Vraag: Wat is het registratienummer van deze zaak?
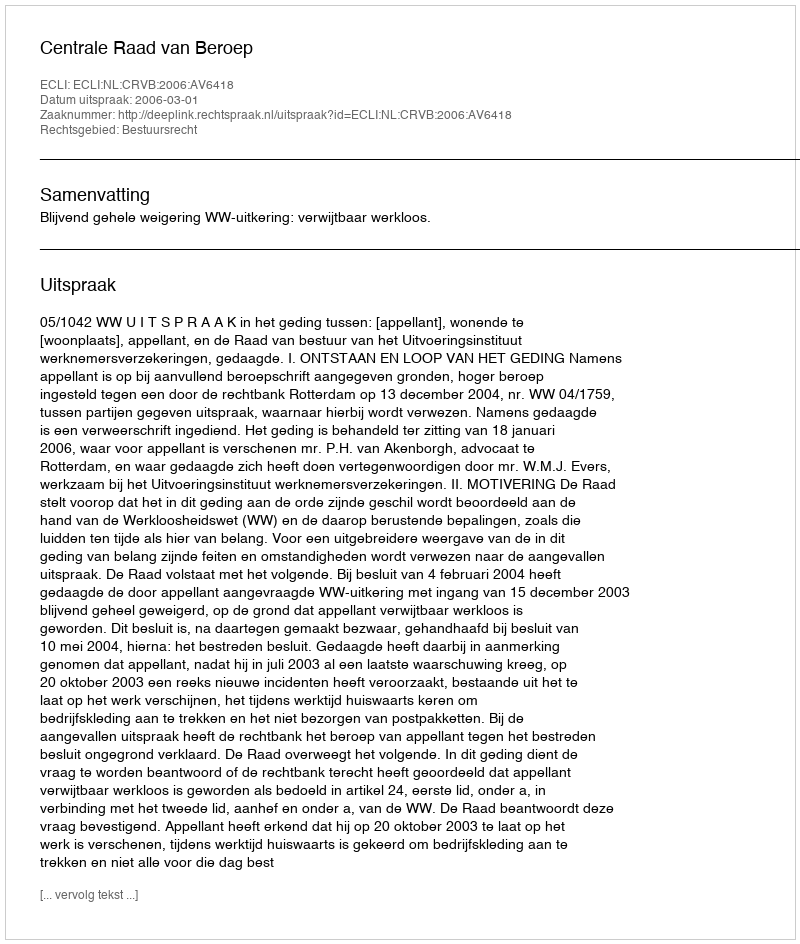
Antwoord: http://deeplink.rechtspraak.nl/uitspraak?id=ECLI:NL:CRVB:2006:AV6418